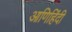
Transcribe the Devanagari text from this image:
आणिहिंदी